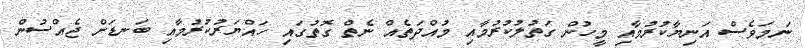
ނަމަވެސް އަނިޔާކުރުމާއި މީހުން ގަތުލުކުރުމާއި މުއްދަތެއް ނެތް ގޮތުގައި ހައްޔަރުކުރުމާއި ބަނޑަށް ޖެއްސުން